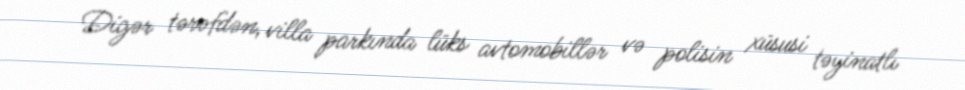
Digər tərəfdən, villa parkında lüks avtomobillər və polisin xüsusi təyinatlı